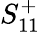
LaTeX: S_{11}^{+}